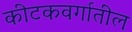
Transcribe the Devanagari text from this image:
कीटकवर्गातील